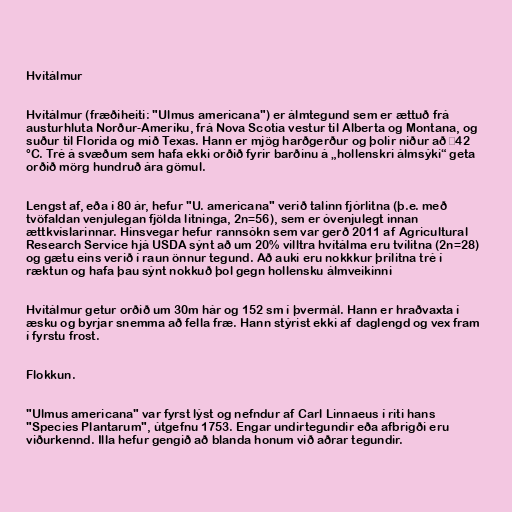
Hvítálmur

Hvítálmur (fræðiheiti: "Ulmus americana") er álmtegund sem er ættuð frá
austurhluta Norður-Ameríku, frá Nova Scotia vestur til Alberta og Montana, og
suður til Florida og mið Texas. Hann er mjög harðgerður og þolir niður að −42
°C. Tré á svæðum sem hafa ekki orðið fyrir barðinu á „hollenskri álmsýki“ geta
orðið mörg hundruð ára gömul.

Lengst af, eða í 80 ár, hefur "U. americana" verið talinn fjórlitna (þ.e. með
tvöfaldan venjulegan fjölda litninga, 2n=56), sem er óvenjulegt innan
ættkvíslarinnar. Hinsvegar hefur rannsókn sem var gerð 2011 af Agricultural
Research Service hjá USDA sýnt að um 20% villtra hvítálma eru tvílitna (2n=28)
og gætu eins verið í raun önnur tegund. Að auki eru nokkkur þrílitna tré í
ræktun og hafa þau sýnt nokkuð þol gegn hollensku álmveikinni

Hvítálmur getur orðið um 30m hár og 152 sm í þvermál. Hann er hraðvaxta í
æsku og byrjar snemma að fella fræ. Hann stýrist ekki af daglengd og vex fram
í fyrstu frost.

Flokkun.

"Ulmus americana" var fyrst lýst og nefndur af Carl Linnaeus í riti hans
"Species Plantarum", útgefnu 1753. Engar undirtegundir eða afbrigði eru
viðurkennd. Illa hefur gengið að blanda honum við aðrar tegundir.